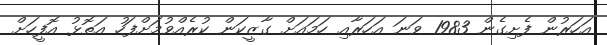
އަހަރުން ފެށިގެން 1983 ވަނަ އަހަރާއި ހަމައަށް ގާޒީކަން ކުރެއްވުމަށްފަހު އަތޮޅު އޮފީހަށް